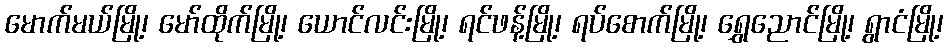
မောက်မယ်မြို့၊ မော်ထိုက်မြို့၊ ယောင်လင်းမြို့၊ ရင်ဖန့်မြို့၊ ရပ်စောက်မြို့၊ ရွှေညောင်မြို့၊ ရွာငံမြို့၊